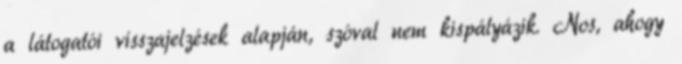
a látogatói visszajelzések alapján, szóval nem kispályázik. Nos, ahogy